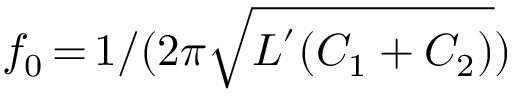
f _ { 0 } \, { = } \, 1 / ( 2 \pi \sqrt { L ^ { ' } ( C _ { 1 } + C _ { 2 } ) } )